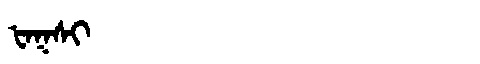
Manchu: ᡶᠠᡴᠰᡳ
Romanization: FAKSI